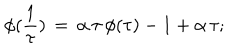
LaTeX: \phi ( \frac { 1 } { \tau } ) \, = \, \alpha \, \tau \, \phi ( \tau ) - 1 + \alpha \, \tau ;